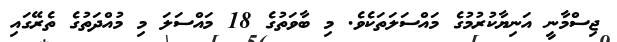
ޖިސްމާނީ އަނިޔާކުރުމުގެ މައްސަލަތަކެވެ. މި ބާވަތުގެ 18 މައްސަލަ މި މުއްދަތުގެ ތެރޭގައި